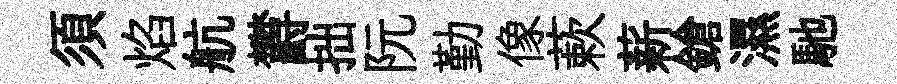
須焰航欝拙阮勤像蔌薪鎗濕馳